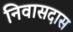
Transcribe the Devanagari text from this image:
निवासदास